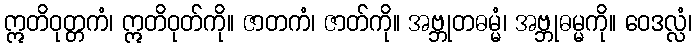
ဣတိဝုတ္တကံ၊ ဣတိဝုတ်ကို။ ဇာတကံ၊ ဇာတ်ကို။ အဗ္ဘုတဓမ္မံ၊ အဗ္ဘုဓမ္မကို။ ဝေဒလ္လံ၊